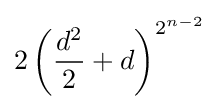
2\left({\frac {d^{2}}{2}}+d\right)^{2^{n-2}}